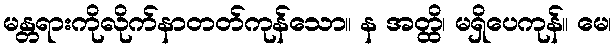
မန္တရားကိုလိုက်နာတတ်ကုန်သော။ န အတ္ထိ၊ မရှိပေကုန်။ မေ၊